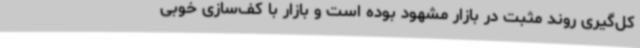
کل‌گیری روند مثبت در بازار مشهود بوده است و بازار با کف‌سازی خوبی